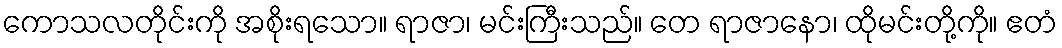
ကောသလတိုင်းကို အစိုးရသော။ ရာဇာ၊ မင်းကြီးသည်။ တေ ရာဇာနော၊ ထိုမင်းတို့ကို။ ဧတံ